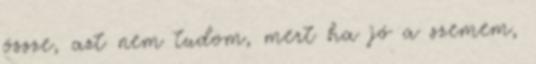
össze, azt nem tudom, mert ha jó a szemem,